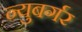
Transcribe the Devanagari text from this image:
न्युबर्गर